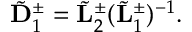
\begin{array} { r } { \tilde { \bf D } _ { 1 } ^ { \pm } = \tilde { \bf L } _ { 2 } ^ { \pm } ( \tilde { \bf L } _ { 1 } ^ { \pm } ) ^ { - 1 } . } \end{array}